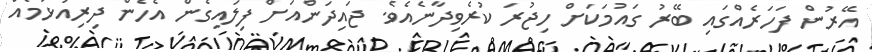
އޭރުން ފަހަރެއްގައި ބޭރު ގައުމަކަށް ހިޖުރަ ކުރެވިދާނެއެވެ. ޖައިދަންއަށް ފިލައިގެން އެހެން ދިރިއުޅުމެއް